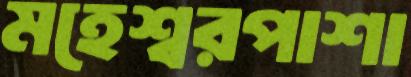
মহেশ্বরপাশা